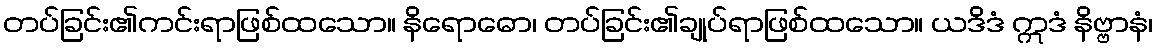
တပ်ခြင်း၏ကင်းရာဖြစ်ထသော။ နိရောဓော၊ တပ်ခြင်း၏ချုပ်ရာဖြစ်ထသော။ ယဒိဒံ ဣဒံ နိဗ္ဗာနံ၊